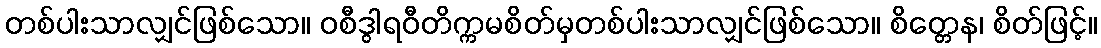
တစ်ပါးသာလျှင်ဖြစ်သော။ ဝစီဒွါရဝီတိက္ကမစိတ်မှတစ်ပါးသာလျှင်ဖြစ်သော။ စိတ္တေန၊ စိတ်ဖြင့်။